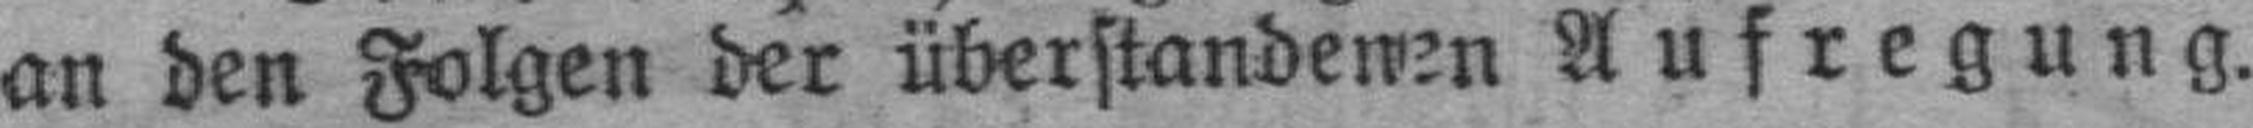
an den Folgen der überstandenen Aufregung.